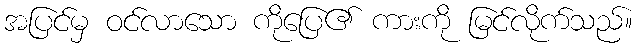
အပြင်မှ ဝင်လာသော ကိုပြေ၏ ကားကို မြင်လိုက်သည်။